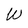
Character: W